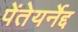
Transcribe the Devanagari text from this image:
पेंतेयर्नेद्द